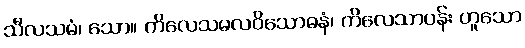
သီလသမံ၊ သော။ ကိလေသမလဝိသောဓနံ၊ ကိလေသာပန်း ဟူသော